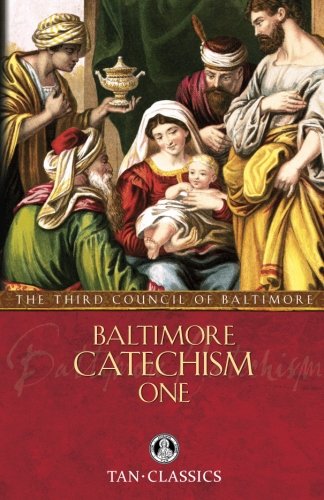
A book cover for Baltimore Catechism One; of; Christian Books & Bibles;